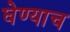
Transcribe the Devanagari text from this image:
घेण्याच